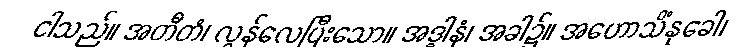
ငါသည်။ အတီတံ၊ လွန်လေပြီးသော။ အဒ္ဓါနံ၊ အခါ၌။ အဟောသိံနုခေါ၊